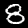
Digit: 8